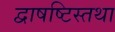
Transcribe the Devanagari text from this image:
द्वाषष्टिस्तथा